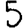
Digit: 5